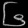
Digit: ၆